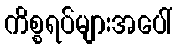
ကိစ္စရပ်များအပေါ်